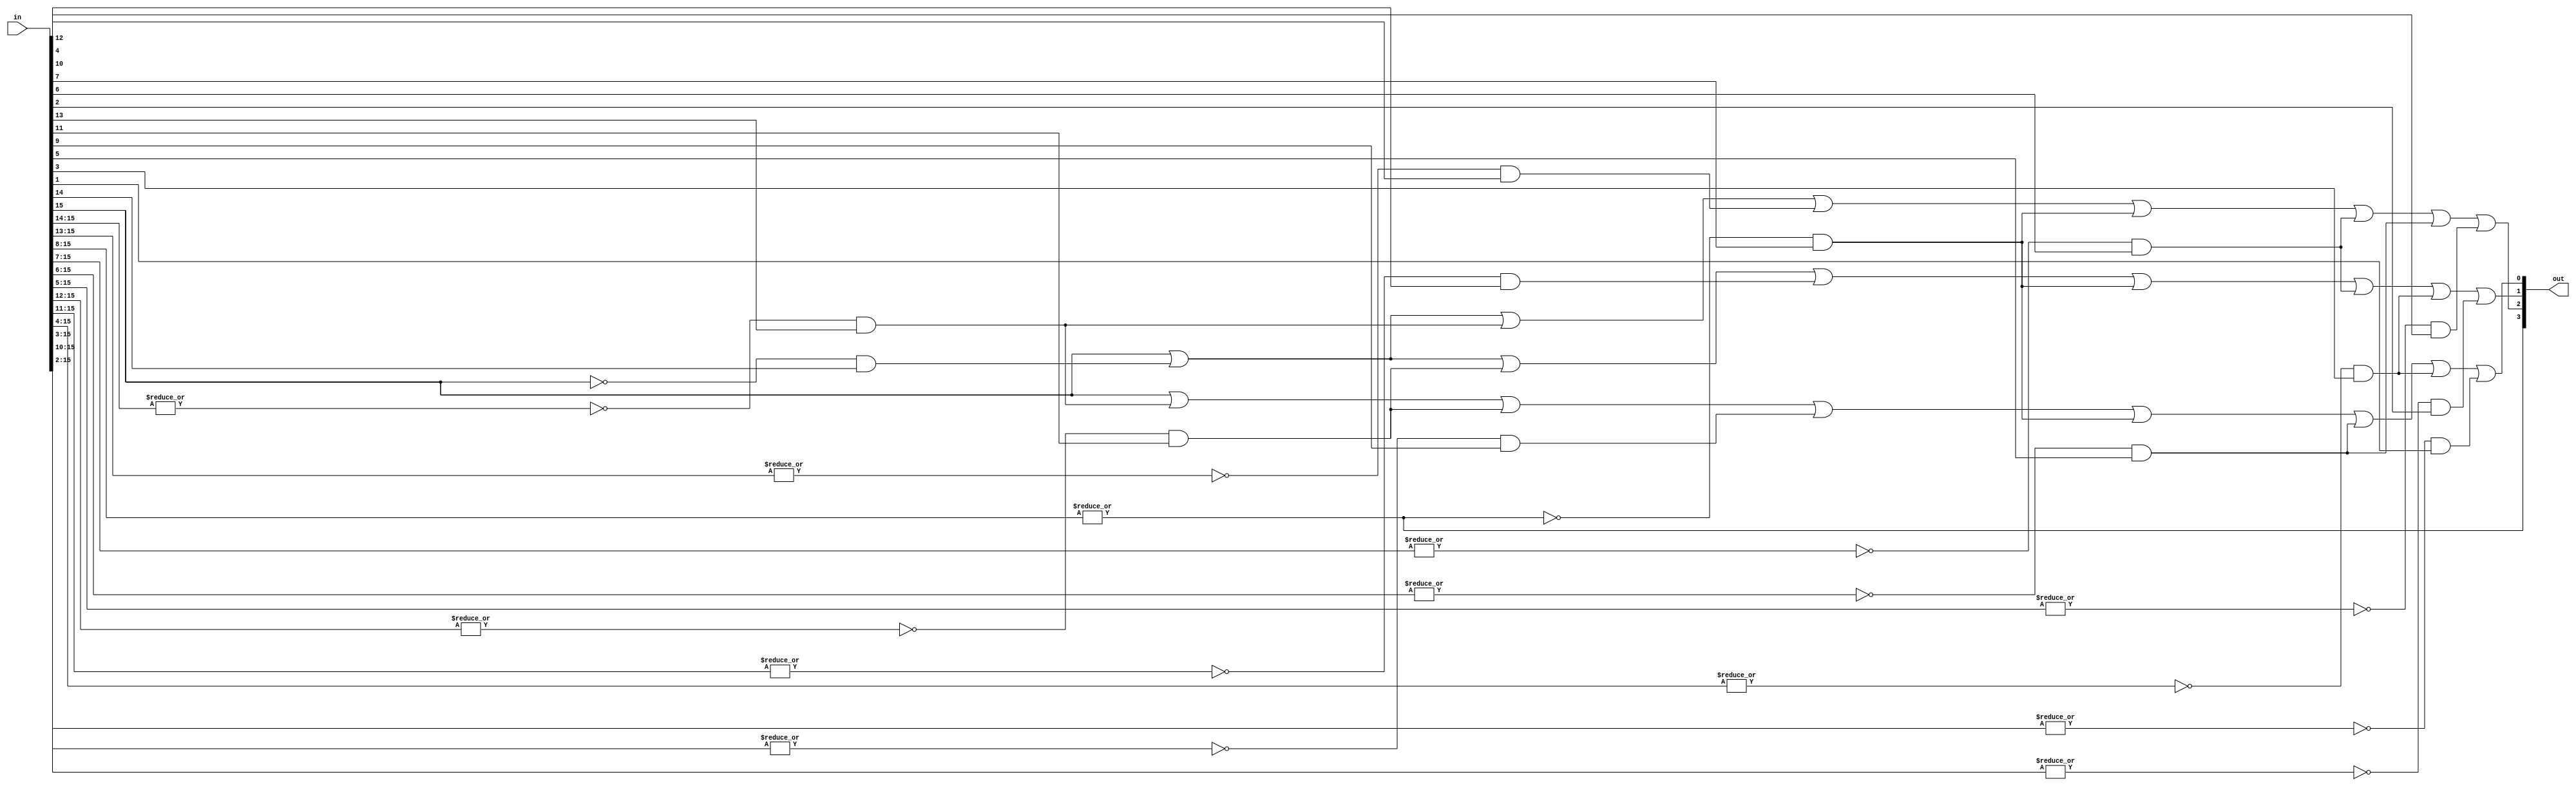
// Design a 16:4 Priority Encoder using behavioural-level of description.

module priority_encoder_16to4(output [3:0]out,
                              input [15:0]in);

assign out[3] = | in[15:8];

assign out[2] = in[15] | 
~in[15] & in[14] |
~|in[15:14] & in[13] |
~|in[15:13] & in[12] |
~|in[15:8] & in[7] |
~|in[15:7] & in[6] |
~|in[15:6] & in[5] |
~|in[15:5] & in[4] ;

assign out[1] = in[15] |
~in[15] &in[14] |
~|in[15:12] &in[11] |
~|in[15:11] &in[10] |
~|in[15:8] &in[7] |
~|in[15:7] &in[6] |
~|in[15:4] &in[3] |
~|in[15:3] &in[2] ;

assign out[0] = in[15] | 
~|in[15:14] & in[13] |
~|in[15:12] & in[11] |
~|in[15:10] & in[9] |
~|in[15:8] & in[7] |
~|in[15:6] & in[5] |
~|in[15:4] & in[3] |
~|in[15:2] & in[1] ;

endmodule